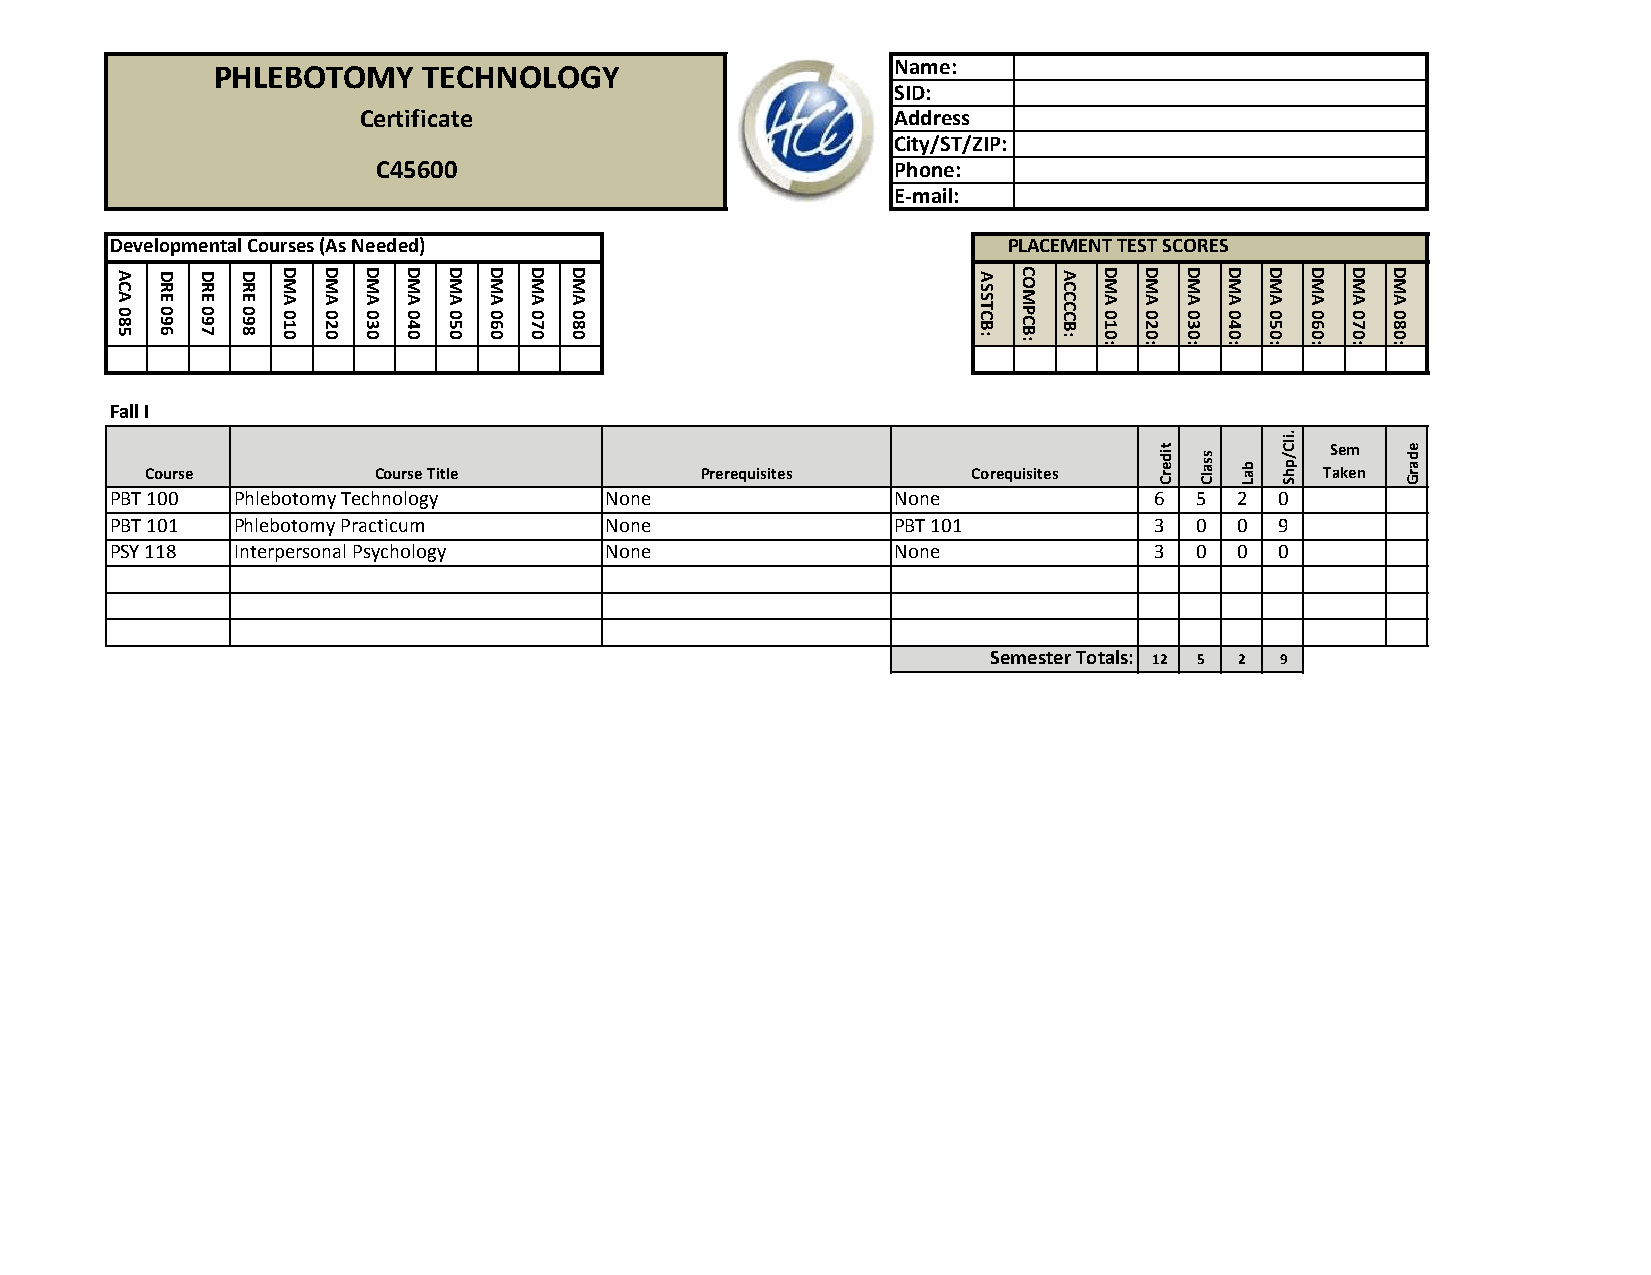
PHLEBOTOMY    TECHNOLOGY                     Name:
 SID:
 Certificate                        Address
 City/ST/ZIP:
 C45600                            Phone:
 E-mail:
 Developmental Courses (As Needed)                           PLACEMENT TEST SCORES
 A C A 0 8 5 D R E 0 9 6 D R E 0 9 7 D R E 0 9 8 D M A 0 1 0 D M A 0 2 0 D M A 0 3 0 D M A 0 4 0 D M A 0 5 0 D M A 0 6 0 D M A 0 7 0 D M A 0 8 0 A S S T C B : C O M P C B : A C C C C B : D M A 0 1 0 : D M A 0 2 0 : D M A 0 3 0 : D M A 0 4 0 : D M A 0 5 0 : D M A 0 6 0 : D M A 0 7 0 : D M A 0 8 0 :
 Fall I
 Course         Course Title         Prerequisites     Corequisites
 Credit
 Class
 Lab
 Shp/Cli.
 TS ae km
 en
 Grade
 PBT 100 Phlebotomy Technology    None               None             6  5  2  0
 PBT 101 Phlebotomy Practicum     None               PBT 101          3  0  0  9
 PSY 118 Interpersonal Psychology None               None             3  0  0  0
 Semester Totals: 12 5 2 9